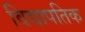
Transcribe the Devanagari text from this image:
विद्यापतिक